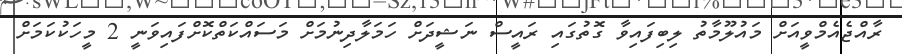
ރާއްޖެއެމްވީއަށް މައުލޫމާތު ލިބިފައިވާ ގޮތުގައި ރައީސް ނަޝީދަށް ހަމަލާދިނުމަށް މަސައްކަތްކޮށްފައިވަނީ 2 މީހަކުކަމަށް